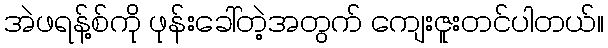
အဲဖရန့်စ်ကို ဖုန်းခေါ်တဲ့အတွက် ကျေးဇူးတင်ပါတယ်။